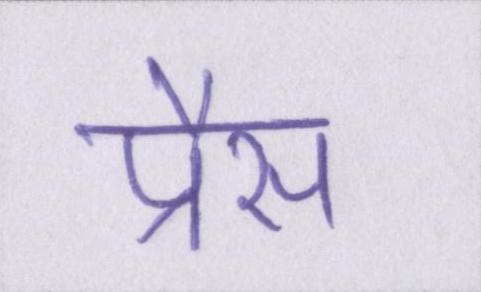
प्रैस